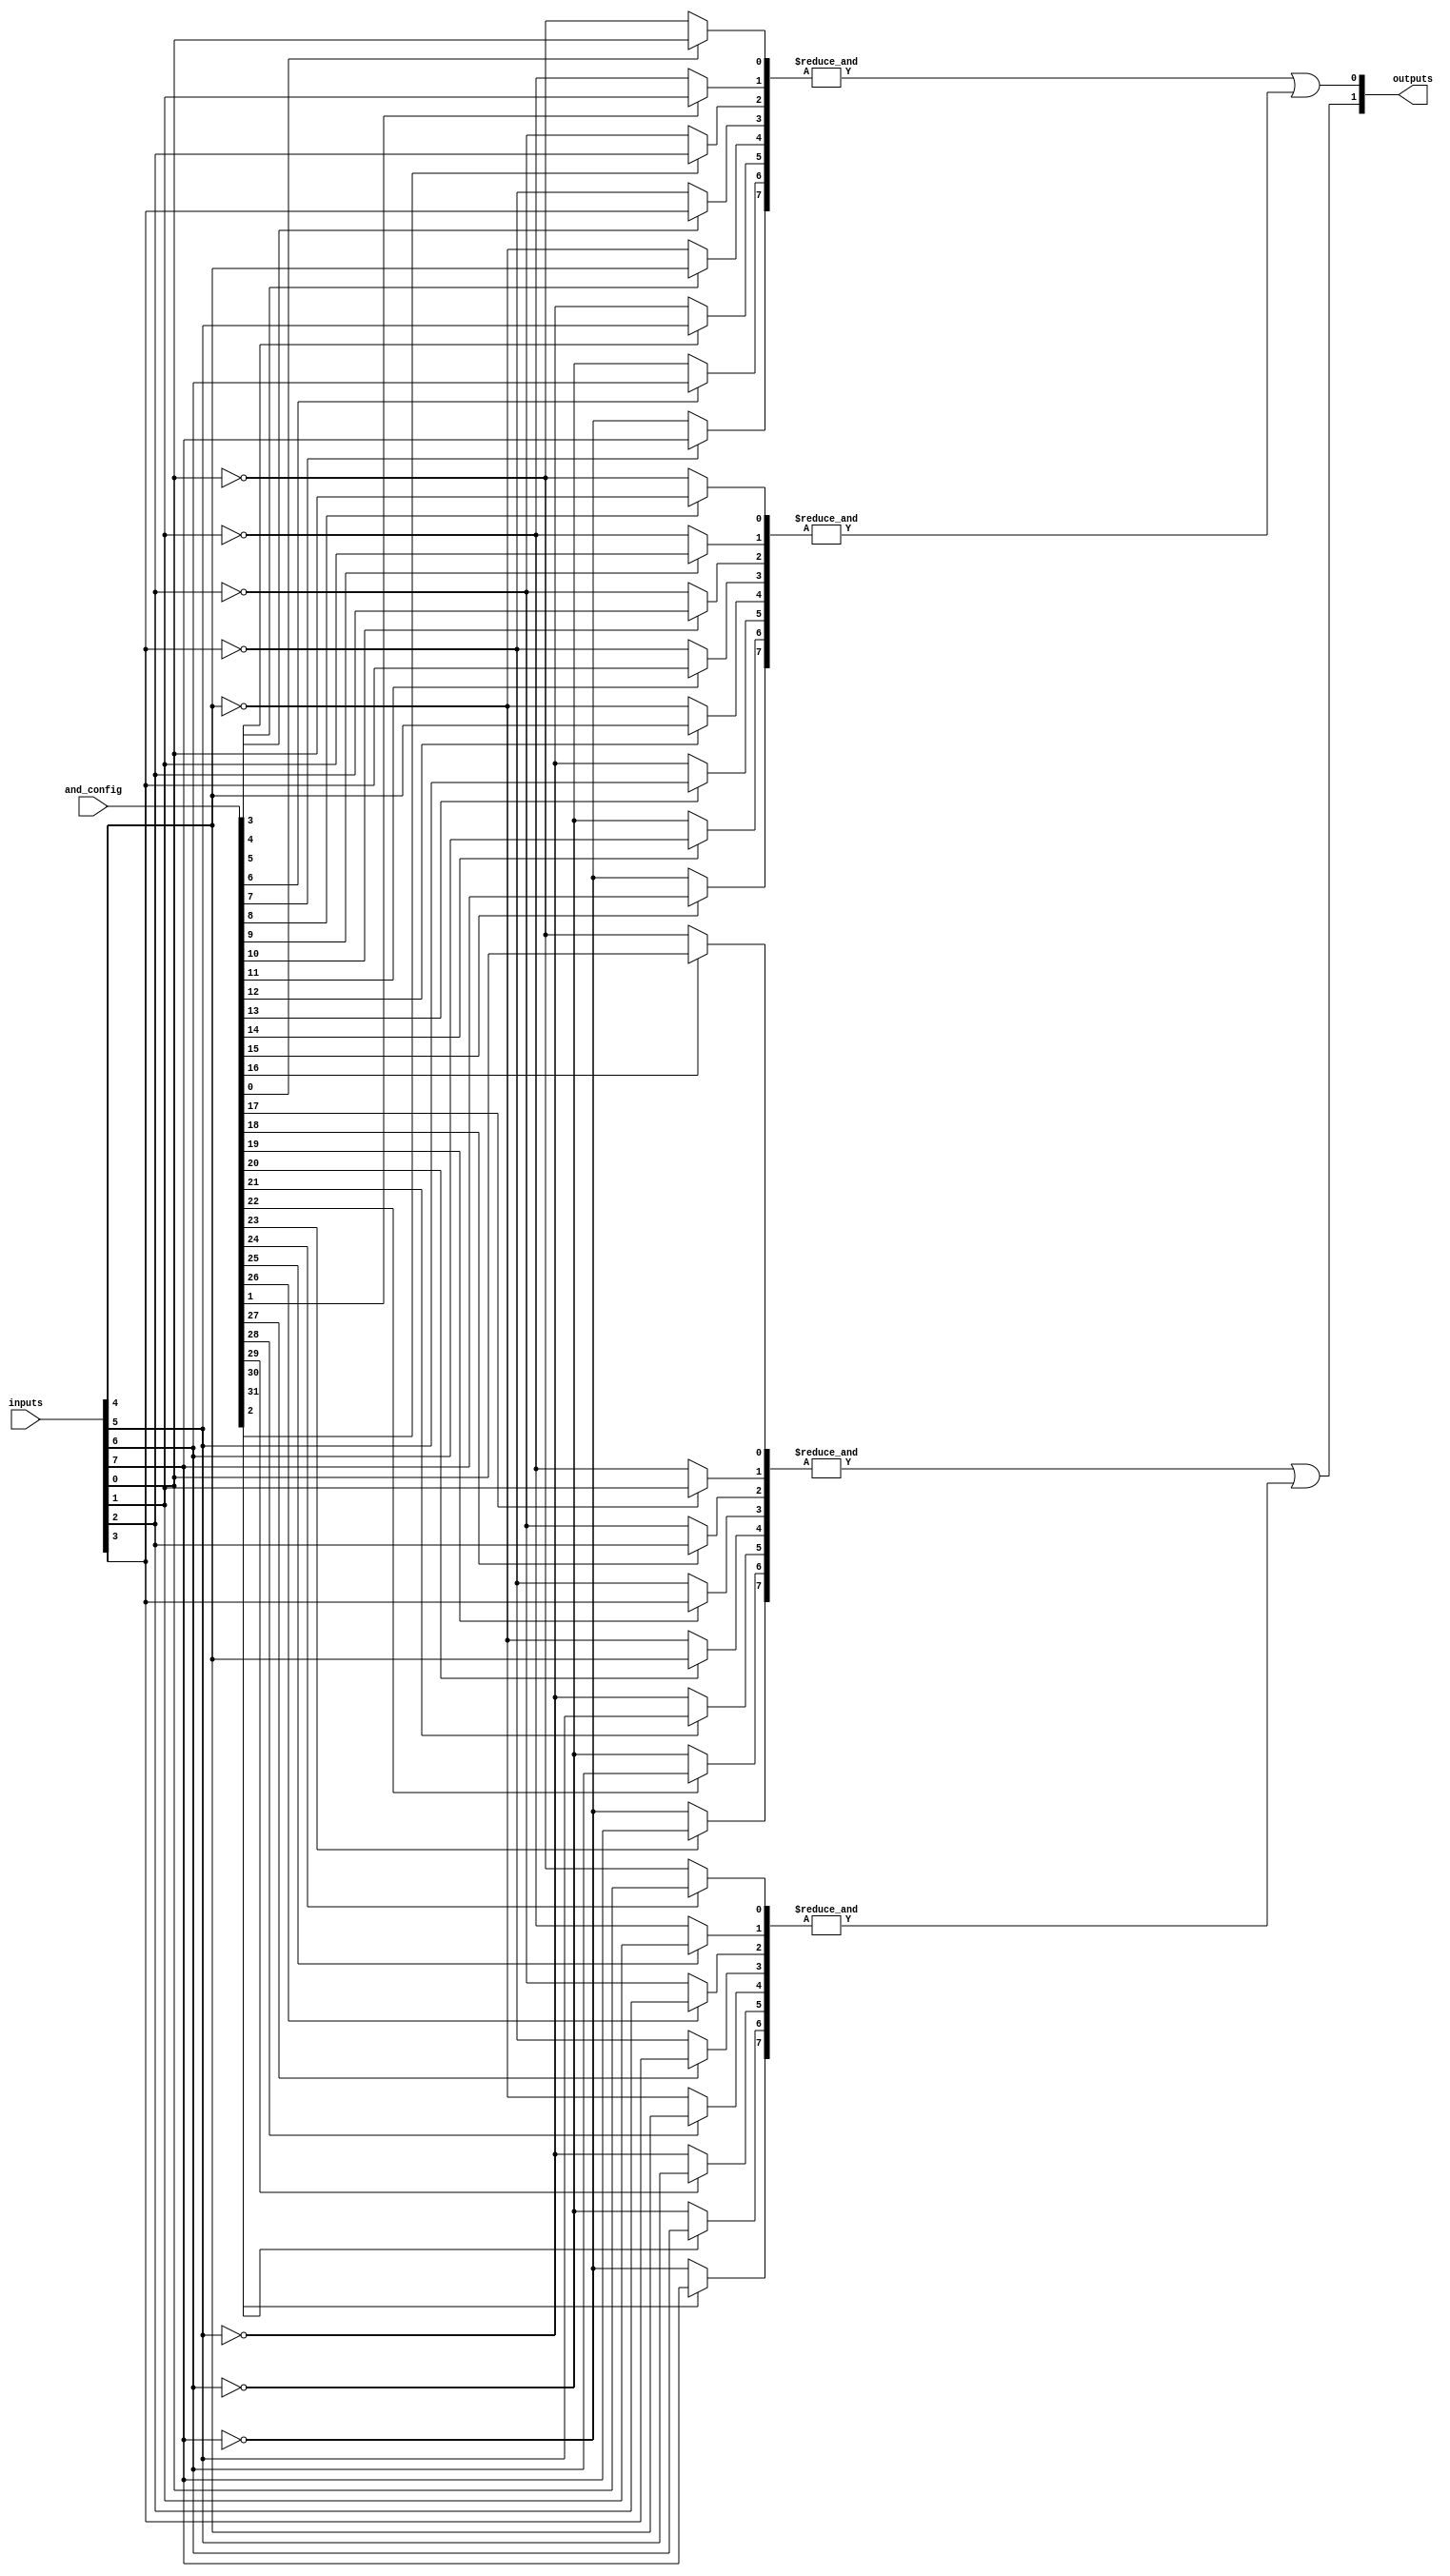
module HS_PAL #(parameter NUM_INPUTS = 8, parameter NUM_AND_GATES = 4, parameter NUM_OR_GATES = 2)(
    input [NUM_INPUTS-1:0] inputs,        // Input signals
    input [NUM_AND_GATES*NUM_INPUTS-1:0] and_config, // Configuration for AND gates
    output [NUM_OR_GATES-1:0] outputs      // Output signals
);

// Internal wires to hold the outputs of the AND gates
wire [NUM_AND_GATES-1:0] and_outputs;

// Generate the programmable AND gates
genvar i, j;
generate
    for (i = 0; i < NUM_AND_GATES; i = i + 1) begin : and_gate
        wire [NUM_INPUTS-1:0] and_inputs; // Connections for each AND gate
        for (j = 0; j < NUM_INPUTS; j = j + 1) begin : input_select
            assign and_inputs[j] = and_config[i * NUM_INPUTS + j] ? inputs[j] : ~inputs[j];
        end
        assign and_outputs[i] = &and_inputs; // AND operation
    end
endgenerate

// Fixed OR array
assign outputs[0] = and_outputs[0] | and_outputs[1]; // Example OR gate 1
assign outputs[1] = and_outputs[2] | and_outputs[3]; // Example OR gate 2

endmodule